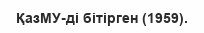
ҚазМУ-ді бітірген (1959).